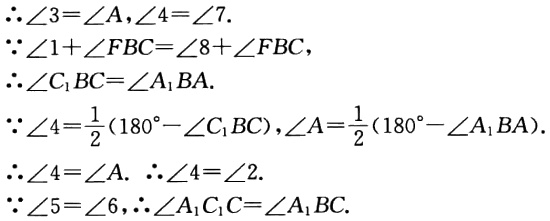
\(\begin{align*}

&\therefore\angle3 = \angle A,\angle4=\angle7.\\

&\because\angle1+\angle FBC=\angle8+\angle FBC,\\

&\therefore\angle C_{1}BC=\angle A_{1}BA.\\

&\because\angle4 = \frac{1}{2}(180^{\circ}-\angle C_{1}BC),\angle A=\frac{1}{2}(180^{\circ}-\angle A_{1}BA).\\

&\therefore\angle4 = \angle A.\ \therefore\angle4=\angle2.\\

&\because\angle5=\angle6,\therefore\angle A_{1}C_{1}C=\angle A_{1}BC.

\end{align*}\)